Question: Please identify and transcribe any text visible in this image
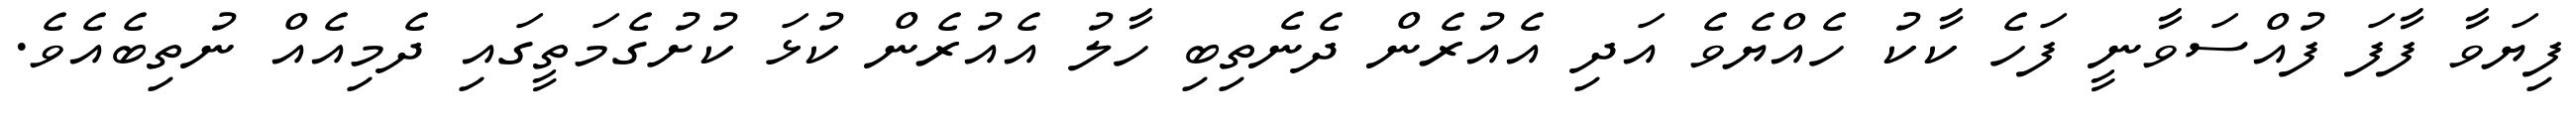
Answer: ފިޔަވާ ފާފަ ފުއްސަވާނީ ފަހެ ކާކު ހެއްޔެވެ އަދި އެއުރެން ދެނެތިބި ހާލު އެއުރެން ކުޅަ ކުށުގެމަތީގައި ދެމިއެއް ނުތިބެއެވެ.